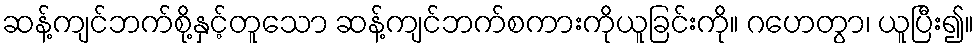
ဆန့်ကျင်ဘက်စို့နှင့်တူသော ဆန့်ကျင်ဘက်စကားကိုယူခြင်းကို။ ဂဟေတွာ၊ ယူပြီး၍။